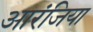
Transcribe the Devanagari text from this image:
आरंजिया